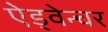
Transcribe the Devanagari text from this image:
ऐड्वेन्चर